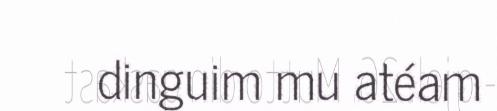
dinguim mu atéam